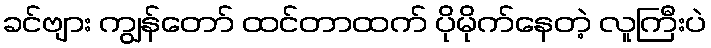
ခင်ဗျား ကျွန်တော် ထင်တာထက် ပိုမိုက်နေတဲ့ လူကြီးပဲ